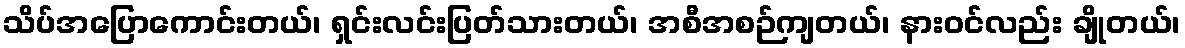
သိပ်အပြောကောင်းတယ်၊ ရှင်းလင်းပြတ်သားတယ်၊ အစီအစဉ်ကျတယ်၊ နားဝင်လည်း ချိုတယ်၊